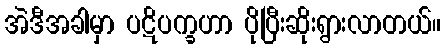
အဲဒီအခါမှာ ပဋိပက္ခဟာ ပိုပြီးဆိုးရွားလာတယ်။